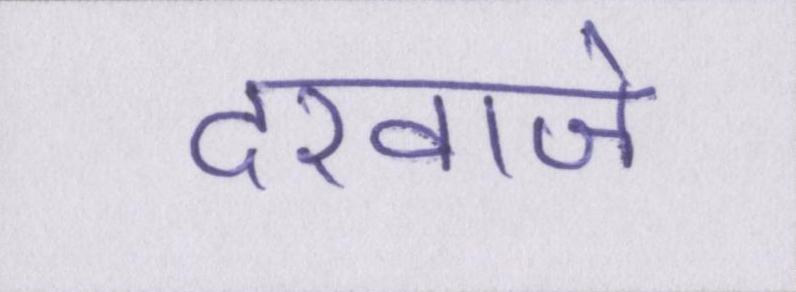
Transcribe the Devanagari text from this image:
दरवाजे